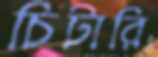
চিটারি